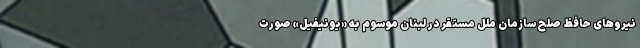
نیروهای حافظ صلح سازمان ملل مستقر در لبنان موسوم به «یونیفیل» صورت